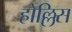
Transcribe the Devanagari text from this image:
होल्लिस